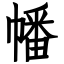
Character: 幡